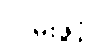
လမ်းဖွင့်